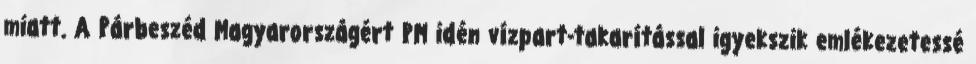
miatt. A Párbeszéd Magyarországért PM idén vízpart-takarítással igyekszik emlékezetessé